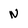
Character: N